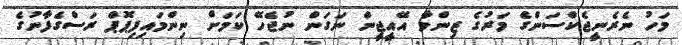
މަހު ނެރެނީޖެކްސަންގެ މަރުގެ ޒިންމާ އޭއީޖީން ނަގަން ނުޖެހޭ ކަމަށް ނިންމައިފިޕޮޕް ރަސްގެފާނުގެ